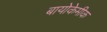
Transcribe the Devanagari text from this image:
बायोकेमीक